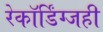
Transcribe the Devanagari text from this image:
रेकॉर्डिंग्जही